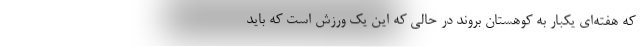
که هفته‌ای یکبار به کوهستان بروند در حالی که این یک ورزش است که باید